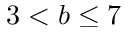
3 < b \le 7